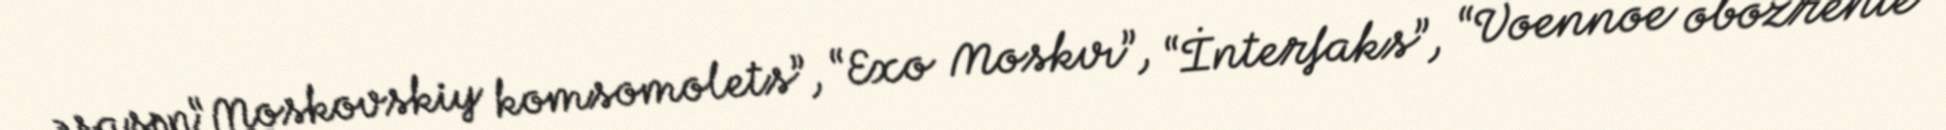
əsasən“Moskovskiy komsomolets”, “Exo Moskvı”, “İnterfaks”, “Voennoe obozrenie”